Juri_Uluots, lk 15
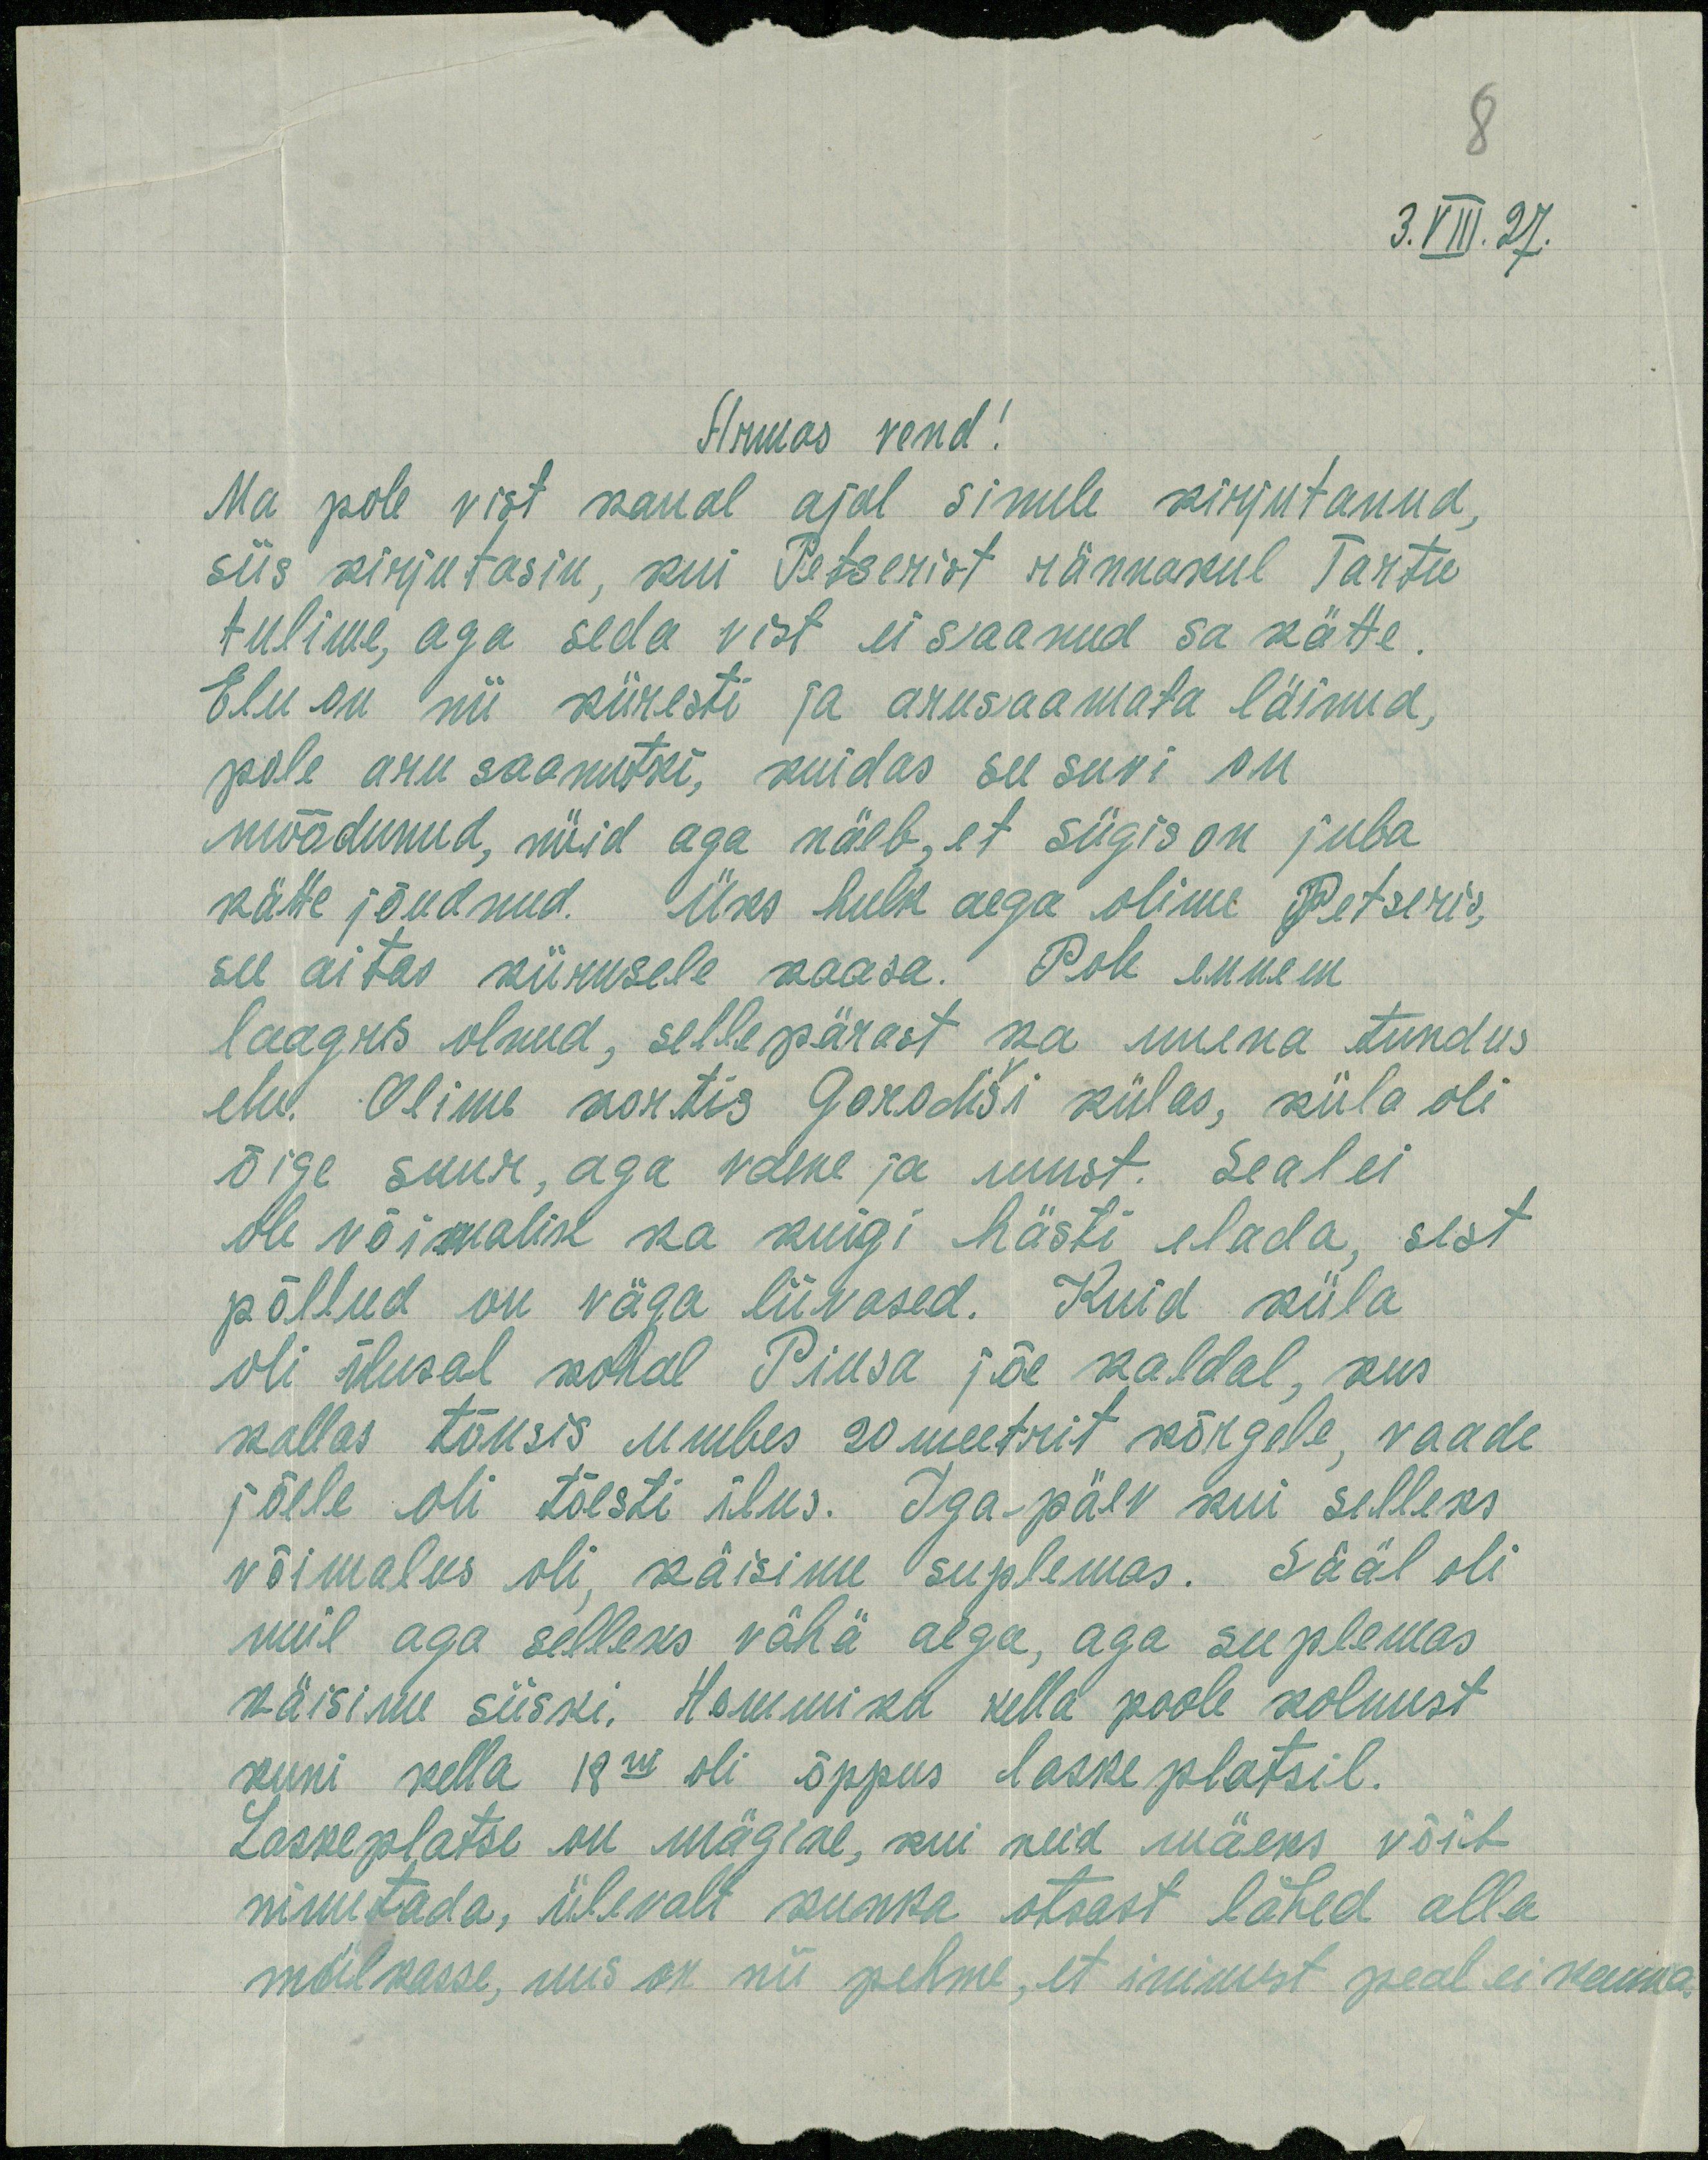
3.VIII.27.
Armas vend!
Ma pole vist kaual ajal sinule kirjutanud,
siis kirjutasin, kui Petserist rännakul Tartu
tulime, aga seda vist ei saanud sa kätte.
Elu on nii kiiresti ja arusaamata läinud,
pole aru saanutki, kuidas see suvi on
mõõdunud, nüid aga näeb, et sügis on juba
kätte jõudnud. Üks hulk aega olime Petseris,
see aitas kiirusele kaasa. Pole ennem
laagris olnud, sellepärast ka uuena tundus
elu. Olime kortis Gorodiši külas, küla oli
õige suur, aga vaene ja must. Seal ei
ole võimalik ka kuigi hästi elada, sest
põllud on väga liivased. Kuid küla
oli ilusal kohal Piusa jõe kaldal, kus
kallas tõusis umbes 20 meetrit kõrgele, vaade
jõele oli tõesti ilus. Iga päev kui selleks
võimalus oli, käisime suplemas. Sääl oli
meil aga selleks vähä aega, aga suplemas
käisime siiski. Hommiku kella poole kolmest
kuni kella 18ni oli õppus laskeplatsil.
Laskeplatse on mägine, kui neid mäeks võib
nimetada, ülevalt kunka otsast lähed alla
mülkasse, mis on nii pehme, et inimest peal ei kanna